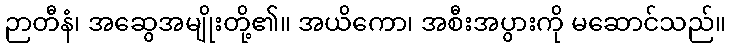
ဉာတီနံ၊ အဆွေအမျိုးတို့၏။ အယိကော၊ အစီးအပွားကို မဆောင်သည်။